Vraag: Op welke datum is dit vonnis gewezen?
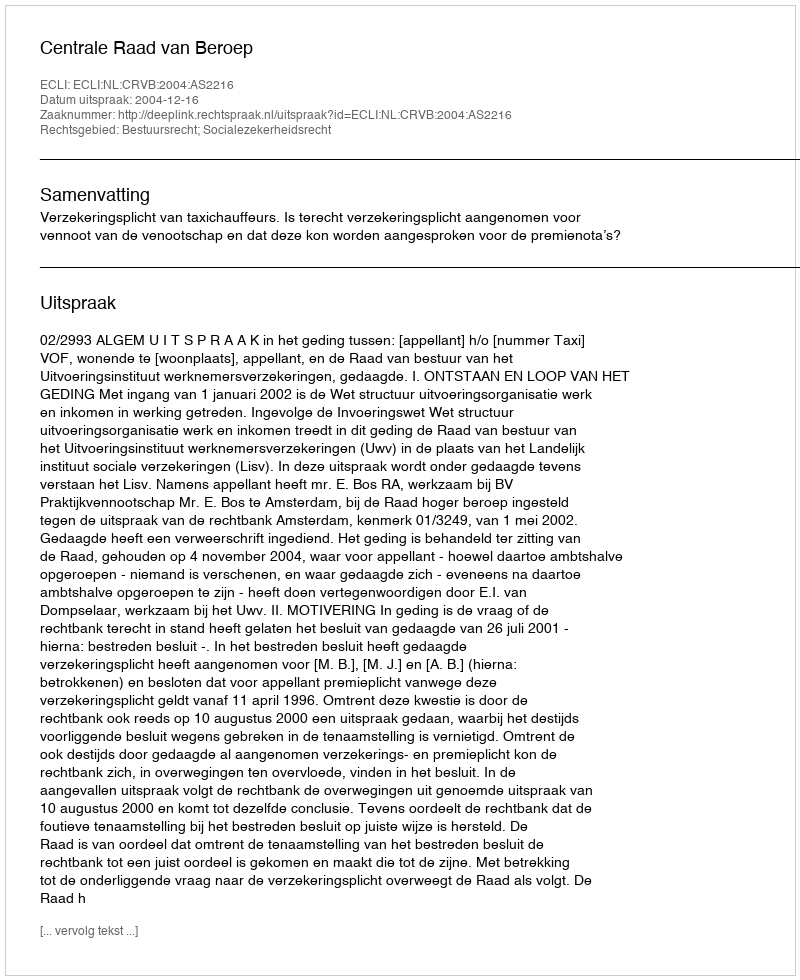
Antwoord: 2004-12-16